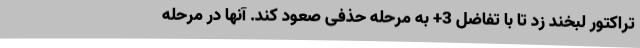
تراکتور لبخند زد تا با تفاضل 3+ به مرحله حذفی صعود کند. آ‌نها در مرحله